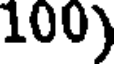
100)